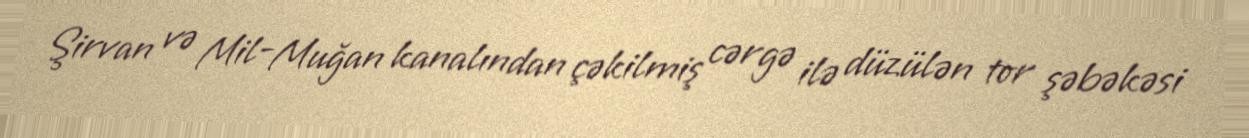
Şirvan və Mil-Muğan kanalından çəkilmiş cərgə ilə düzülən tor şəbəkəsi